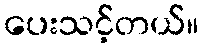
ပေးသင့်တယ်။